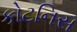
કોટનિસ